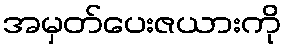
အမှတ်ပေးဇယားကို